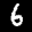
Label: 6